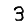
Digit: 3